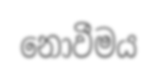
නොවීමය